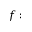
f :